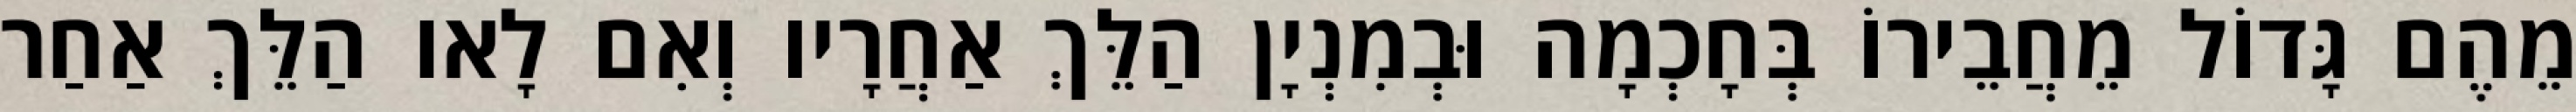
מֵהֶם גָּדוֹל מֵחֲבֵירוֹ בְּחָכְמָה וּבְמִנְיָן הַלֵּךְ אַחֲרָיו וְאִם לָאו הַלֵּךְ אַחַר